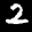
Label: 2